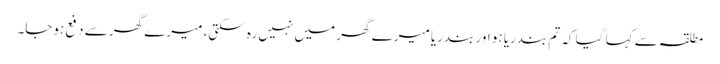
مطلقہ سے کہا گیا کہ تم بندریا ہو اور بندریا میرے گھر میں نہیں رہ سکتی، میرے گھر سے دفع ہوجا۔